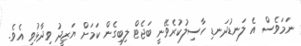
ނަމަވެސް އެ ލަނޑުދަނޑި ހާސިލުކުރެވޭނީ ބަޖެޓް ލިބިގެން ކަމަށް ޔަޒީދު ވިދާޅުވި އެވެ.